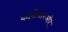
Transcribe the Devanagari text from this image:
कारोबारऔर